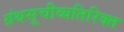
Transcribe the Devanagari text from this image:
ग्रंथसूचीव्यतिरिक्त